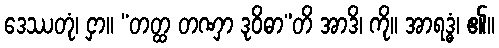
ဒေဿတုံ၊ ငှာ။ “တတ္ထ တဏှာ ဒုဝိဓာ”တိ အာဒိ၊ ကို။ အာရဒ္ဓံ၊ ၏။